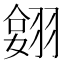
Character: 𦑔